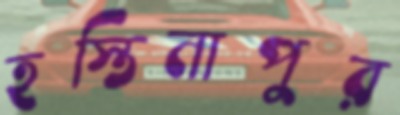
হস্তিনাপুর